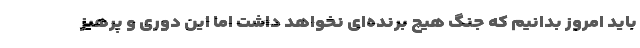
باید امروز بدانیم که جنگ هیچ برنده‌ای نخواهد داشت اما این دوری و پرهیز